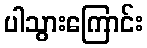
ပါသွားကြောင်း